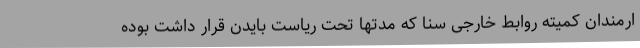
ارمندان کمیته روابط خارجی سنا که مدتها تحت ریاست بایدن قرار داشت بوده